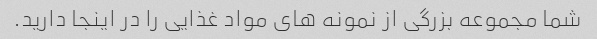
شما مجموعه بزرگی از نمونه های مواد غذایی را در اینجا دارید.